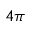
4 \pi